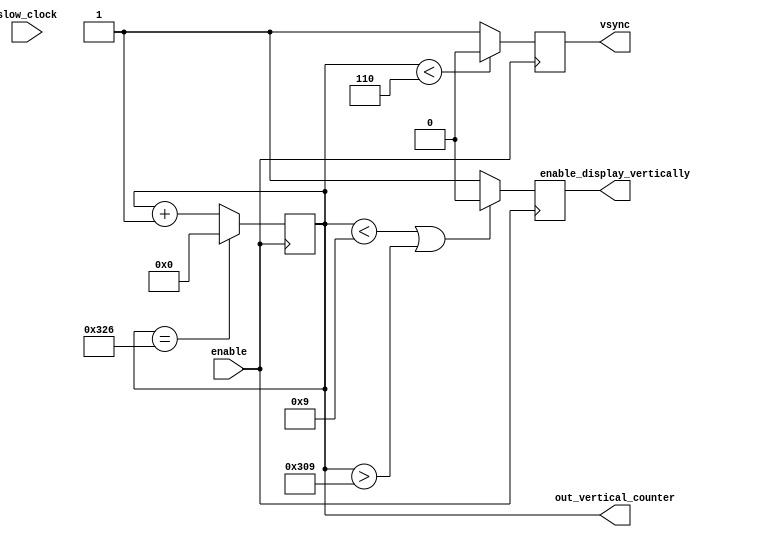

`timescale 1ns / 1ps

module vertical_count #(parameter SYNC_PULSE   = 11'd6,
											 WHOLE_FRAME  = 11'd806,
											 FRONT_PORCH  = 11'd3,
											 BACK_PORCH   = 11'd29,
											 VISIBLE_AREA = 11'd768
	)(
	input 		slow_clock,
	input enable,
	output [10:0] out_vertical_counter,
	output reg enable_display_vertically,
	output reg vsync
    );
	 reg [10 : 0] vertical_counter = 0;
	 
	always @ (posedge enable) begin
			if (vertical_counter < SYNC_PULSE) 
				vsync <= 0;
			else 
				vsync <= 1;
			if (vertical_counter == WHOLE_FRAME)
				vertical_counter <= 0;
			else
				vertical_counter <= vertical_counter + 1;
			if ((vertical_counter < SYNC_PULSE + FRONT_PORCH) || (vertical_counter > VISIBLE_AREA + FRONT_PORCH + SYNC_PULSE))
				enable_display_vertically <= 0;
			else
				enable_display_vertically <= 1;
	end
	
	assign out_vertical_counter= vertical_counter;

endmodule